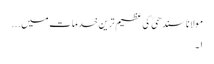
مولانا سندھی ؒ کی عظیم ترین خدمات میں...
۱۔